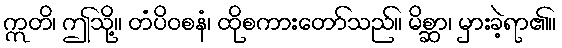
ဣတိ၊ ဤသို့။ တံပိဝစနံ၊ ထိုစကားတော်သည်။ မိစ္ဆာ၊ မှားခဲ့ရာ၏။